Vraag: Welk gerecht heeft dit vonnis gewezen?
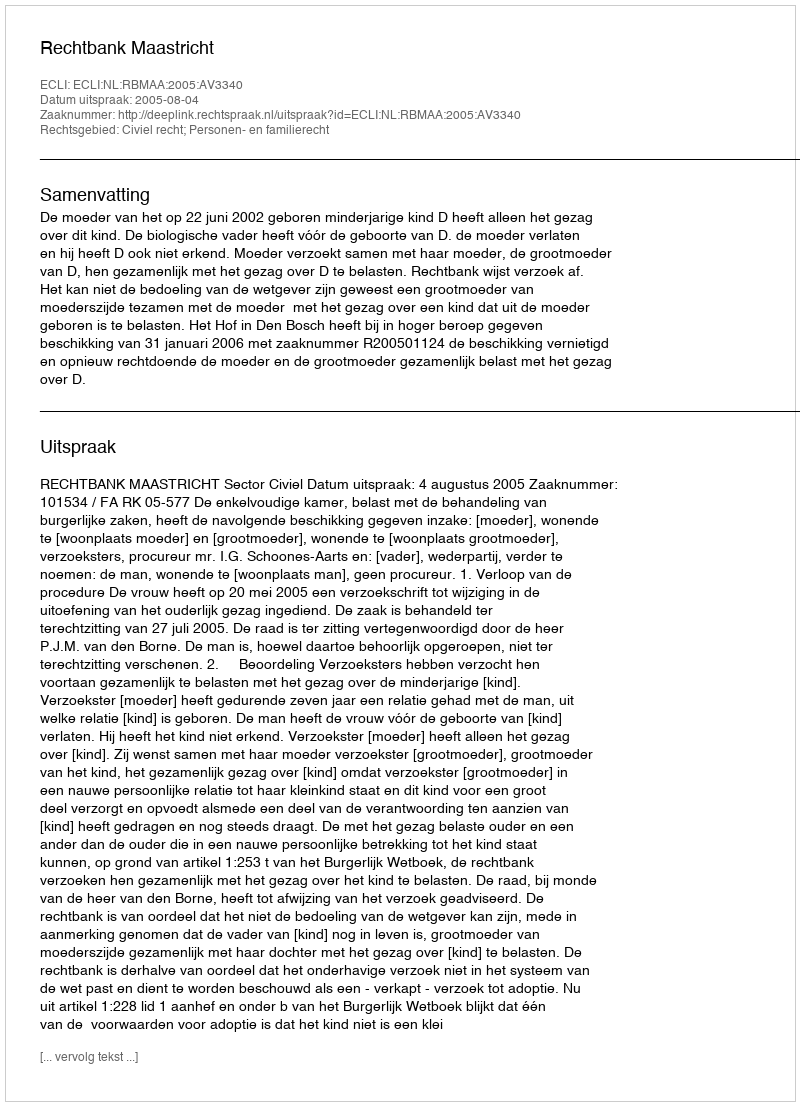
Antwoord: Rechtbank Maastricht